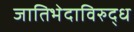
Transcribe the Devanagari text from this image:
जातिभेदाविरुद्ध